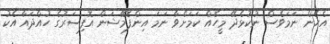
އެހެން ނަމަވެސް ނުކުޅެދޭ މީހެއް ކަމަށްވާ ނަމަ އިންފޮމޭޝަން އޮފިސަރުގެ ހުއްދައާ އެކު